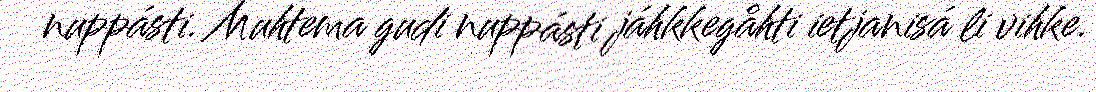
nuppásti. Muhtema gudi nuppásti jáhkkegåhti ietjanisá li vihke.